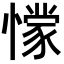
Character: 𭞾